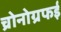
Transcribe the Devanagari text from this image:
च्रोनोग्रफई